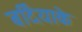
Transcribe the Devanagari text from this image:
बर्दियाके